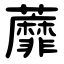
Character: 蘼